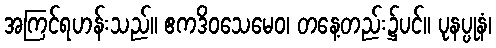
အကြင်ရဟန်းသည်။ ဧကဒိဝသေမေဝ၊ တနေ့တည်း၌ပင်။ ပုနပ္ပုနံ၊